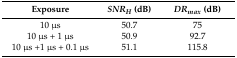
<table><thead><tr><td><b>Exposure</b></td><td><b><i>SNR<sub>H</sub></i> (dB)</b></td><td><b><i>DR<sub>max</sub></i> (dB)</b></td></tr></thead><tbody><tr><td>10 μs</td><td>50.7</td><td>75</td></tr><tr><td>10 μs + 1 μs</td><td>50.9</td><td>92.7</td></tr><tr><td>10 μs +1 μs + 0.1 μs</td><td>51.1</td><td>115.8</td></tr></tbody></table>